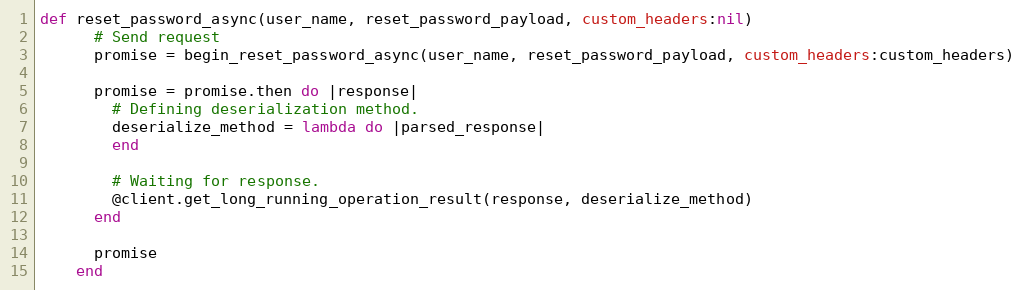
Language: Ruby
def reset_password_async(user_name, reset_password_payload, custom_headers:nil)
      # Send request
      promise = begin_reset_password_async(user_name, reset_password_payload, custom_headers:custom_headers)

      promise = promise.then do |response|
        # Defining deserialization method.
        deserialize_method = lambda do |parsed_response|
        end

        # Waiting for response.
        @client.get_long_running_operation_result(response, deserialize_method)
      end

      promise
    end